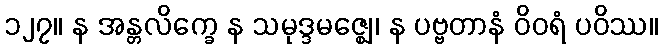
၁၂၇။ န အန္တလိက္ခေ န သမုဒ္ဒမဇ္ဈေ၊ န ပဗ္ဗတာနံ ဝိဝရံ ပဝိဿ။